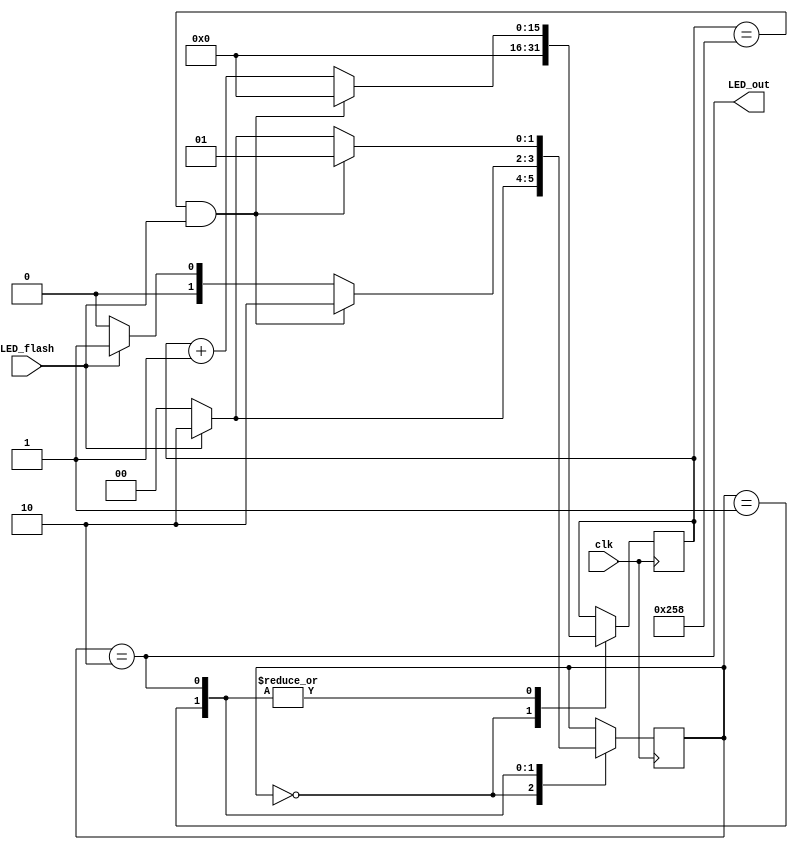
module led_flasher
          (
           clk,
			  LED_flash,
			  LED_out
          );
			 
//////////// INPUTS & OUTPUTS ////////////	 
input clk;
input LED_flash;
output LED_out;
			 
//////////// PARAMETERS ////////////
parameter HIGH_PERIOD = 600; // with clk of 1.5kHz corresponds to 400ms width
parameter LOW_PERIOD = 600; // with clk of 1.5kHz corresponds to 400ms width

parameter s_reset = 2'd0;
parameter s_off = 2'd1;
parameter s_on = 2'd2;


//////////// SIGNALS & REGS ////////////
reg[15:0] cnt = 0;
reg [1:0] state = 2'd0;

//////////// LOGIC ////////////
always @(posedge clk) begin
		case(state)
			s_reset:
				begin
					cnt  <= 16'd0;
					state <= (LED_flash) ? s_on : s_reset;
				end
			
			s_off: 
				begin
					state <= (cnt == LOW_PERIOD && LED_flash) ? s_on : 
								(!LED_flash) ? s_reset : 
								s_off;
					cnt <= (cnt == LOW_PERIOD && LED_flash) ? 16'd0 : cnt + 16'd1;
				end
			
			s_on: 
				begin
					state <= (cnt == HIGH_PERIOD && LED_flash) ? s_off : 
								(!LED_flash) ? s_reset : 
								s_on;
					cnt <= (cnt == HIGH_PERIOD && LED_flash) ? 16'd0 : cnt + 16'd1;
				end
		endcase
end

//////////// OUTPUT ASSIGNS ////////////
assign LED_out = (state == s_on);

endmodule